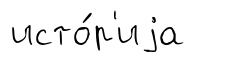
исто́р'иjа